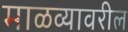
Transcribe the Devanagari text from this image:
माळव्यावरील